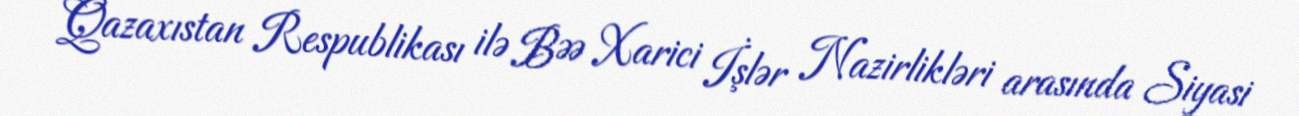
Qazaxıstan Respublikası ilə BƏƏ Xarici İşlər Nazirlikləri arasında Siyasi